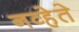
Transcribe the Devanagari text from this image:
नव्हेते